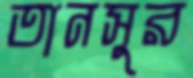
তানসুর